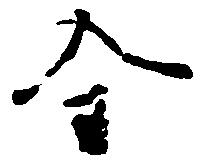
全